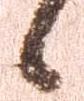
候